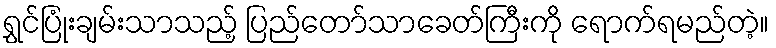
ရွှင်ပြုံးချမ်းသာသည့် ပြည်တော်သာခေတ်ကြီးကို ရောက်ရမည်တဲ့။